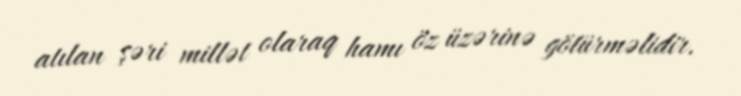
atılan şəri millət olaraq hamı öz üzərinə götürməlidir.